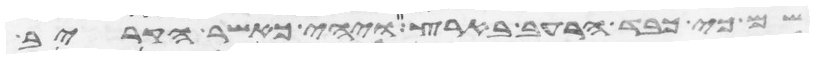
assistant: שם כי כבד הרעב בארץ ויהי כאשר הקריב